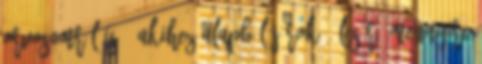
orvosomról is - akihez alapból járok - lesír, mennyire